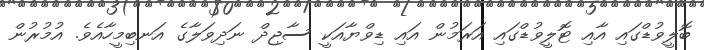
ބޮލީވުޑްގައި އާއި ޓޮލީވުޑްގައި އަރަމުން އައި ޑިވްޔާއަކީ ސާޖިދް ނަދިވަލާގެ އަނބިމީހާއެވެ. އުމުރުން